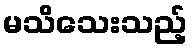
မသိသေးသည့်